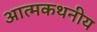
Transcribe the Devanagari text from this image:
आत्मकथनीय